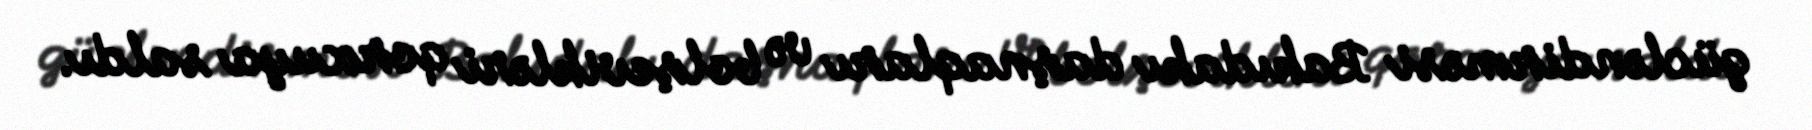
gücləndirməsi Bakıdakı daşnaqları və bolşevikləri qorxuya saldı.